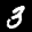
Label: 3